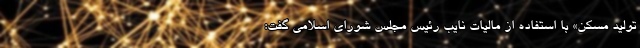
تولید مسکن» با استفاده از مالیات نایب رئیس مجلس شورای اسلامی گفت: